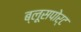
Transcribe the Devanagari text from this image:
ब्लूसपोर्ट